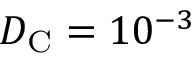
D _ { \mathrm { C } } = 1 0 ^ { - 3 }